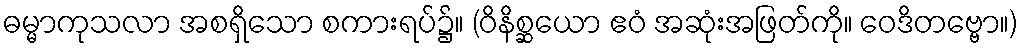
ဓမ္မာကုသလာ အစရှိသော စကားရပ်၌။ (ဝိနိစ္ဆယော ဧဝံ အဆုံးအဖြတ်ကို။ ဝေဒိတဗ္ဗော။)